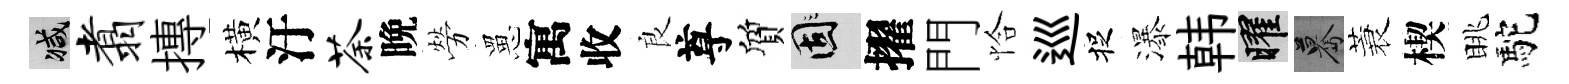
减翥摶橫汙荼晩勞罳寓收良尊質固擢門恰巡捉瀑韩曜驀蓑楔眺駝